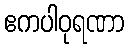
ဧကပါဝုရဏာ